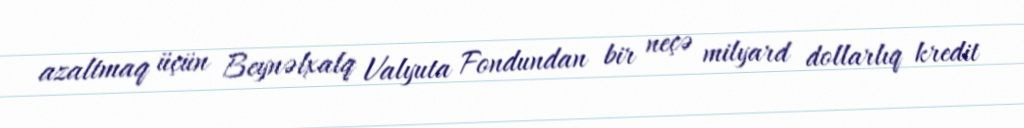
azaltmaq üçün Beynəlxalq Valyuta Fondundan bir neçə milyard dollarlıq kredit